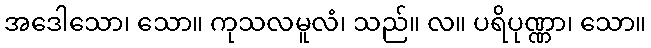
အဒေါသော၊ သော။ ကုသလမူလံ၊ သည်။ လ။ ပရိပုဏ္ဏာ၊ သော။